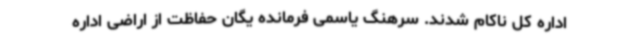
اداره کل ناکام شدند. سرهنگ یاسمی فرمانده یگان حفاظت از اراضی اداره